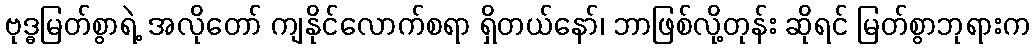
ဗုဒ္ဓမြတ်စွာရဲ့ အလိုတော် ကျနိုင်လောက်စရာ ရှိတယ်နော်၊ ဘာဖြစ်လို့တုန်း ဆိုရင် မြတ်စွာဘုရားက